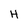
Character: H